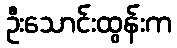
ဦးသောင်းထွန်းက